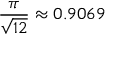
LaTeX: { \frac { \pi } { \sqrt { 1 2 } } } \approx 0 . 9 0 6 9